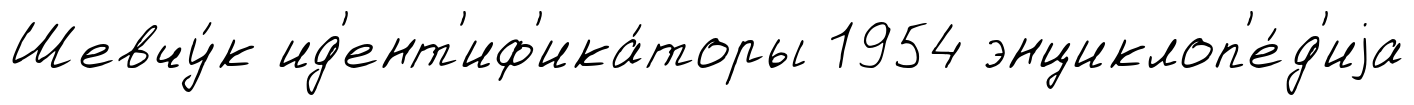
Шевчу́к ид'ент'иф'ика́торы 1954 энциклоп'е́д'иjа